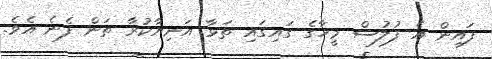
ފައިން އެ ފުލުސް މީހާގެ ގައިގައި ތަޅާ އަނިޔާކުރާ ތަން ފެނެ އެވެ.